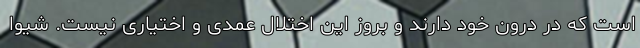
است که در درون خود دارند و بروز این اختلال عمدی و اختیاری نیست. شیوا